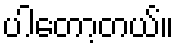
ပါတော့တယ်။